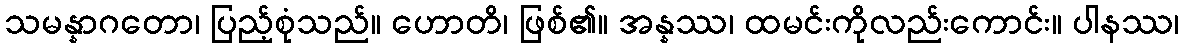
သမန္နာဂတော၊ ပြည့်စုံသည်။ ဟောတိ၊ ဖြစ်၏။ အန္နဿ၊ ထမင်းကိုလည်းကောင်း။ ပါနဿ၊